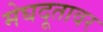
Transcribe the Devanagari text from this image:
मेघदूतावर